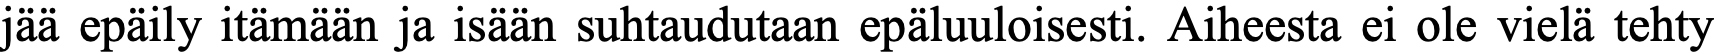
jää epäily itämään ja isään suhtaudutaan epäluuloisesti. Aiheesta ei ole vielä tehty